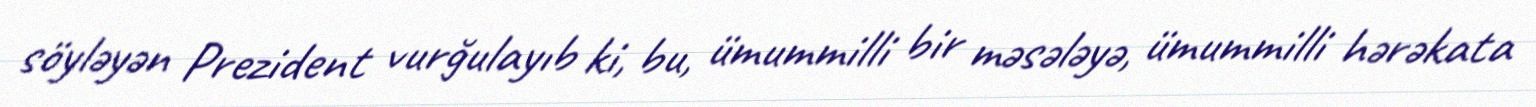
söyləyən Prezident vurğulayıb ki, bu, ümummilli bir məsələyə, ümummilli hərəkata